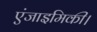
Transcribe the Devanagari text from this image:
एंजाइमिकी।